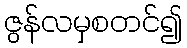
ဇွန်လမှစတင်၍